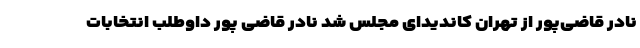
نادر قاضی‌پور از تهران کاندیدای مجلس شد نادر قاضی پور داوطلب انتخابات